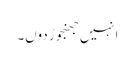
انہیں جھنجوڑ دوں۔